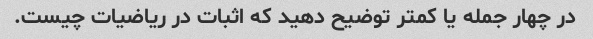
در چهار جمله یا کمتر توضیح دهید که اثبات در ریاضیات چیست.